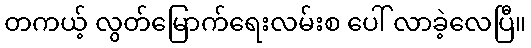
တကယ့် လွတ်မြောက်ရေးလမ်းစ ပေါ် လာခဲ့လေပြီ။